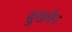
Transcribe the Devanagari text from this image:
सुखचैन